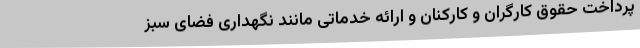
پرداخت حقوق کارگران و کارکنان و ارائه خدماتی مانند نگهداری فضای سبز